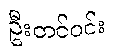
ဦးတင်ဝင်း